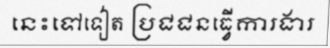
នេះទៅទៀត ប្រជជនធ្វើការងារ